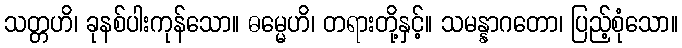
သတ္တဟိ၊ ခုနစ်ပါးကုန်သော။ ဓမ္မေဟိ၊ တရားတို့နှင့်။ သမန္နာဂတော၊ ပြည့်စုံသော။